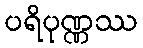
ပရိပုဏ္ဏဿ